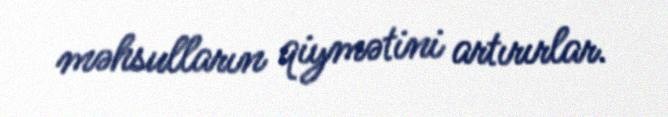
məhsulların qiymətini artırırlar.